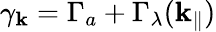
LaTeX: \gamma_{\textbf k}=\Gamma_{a}+\Gamma_{\lambda}({\textbf k}_{\| })